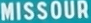
MISSOUR